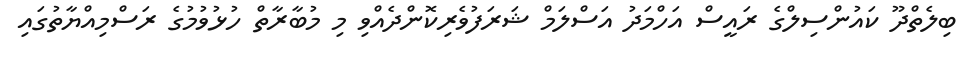
ބިލެތްދޫ ކައުންސިލްގެ ރައީސް އަހްމަދު އަސްލަމް ޝަރަފުވެރިކޮންދެއްވި މި މުބާރާތް ހުޅުވުމުގެ ރަސްމިއްޔާތުގައި